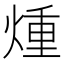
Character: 煄